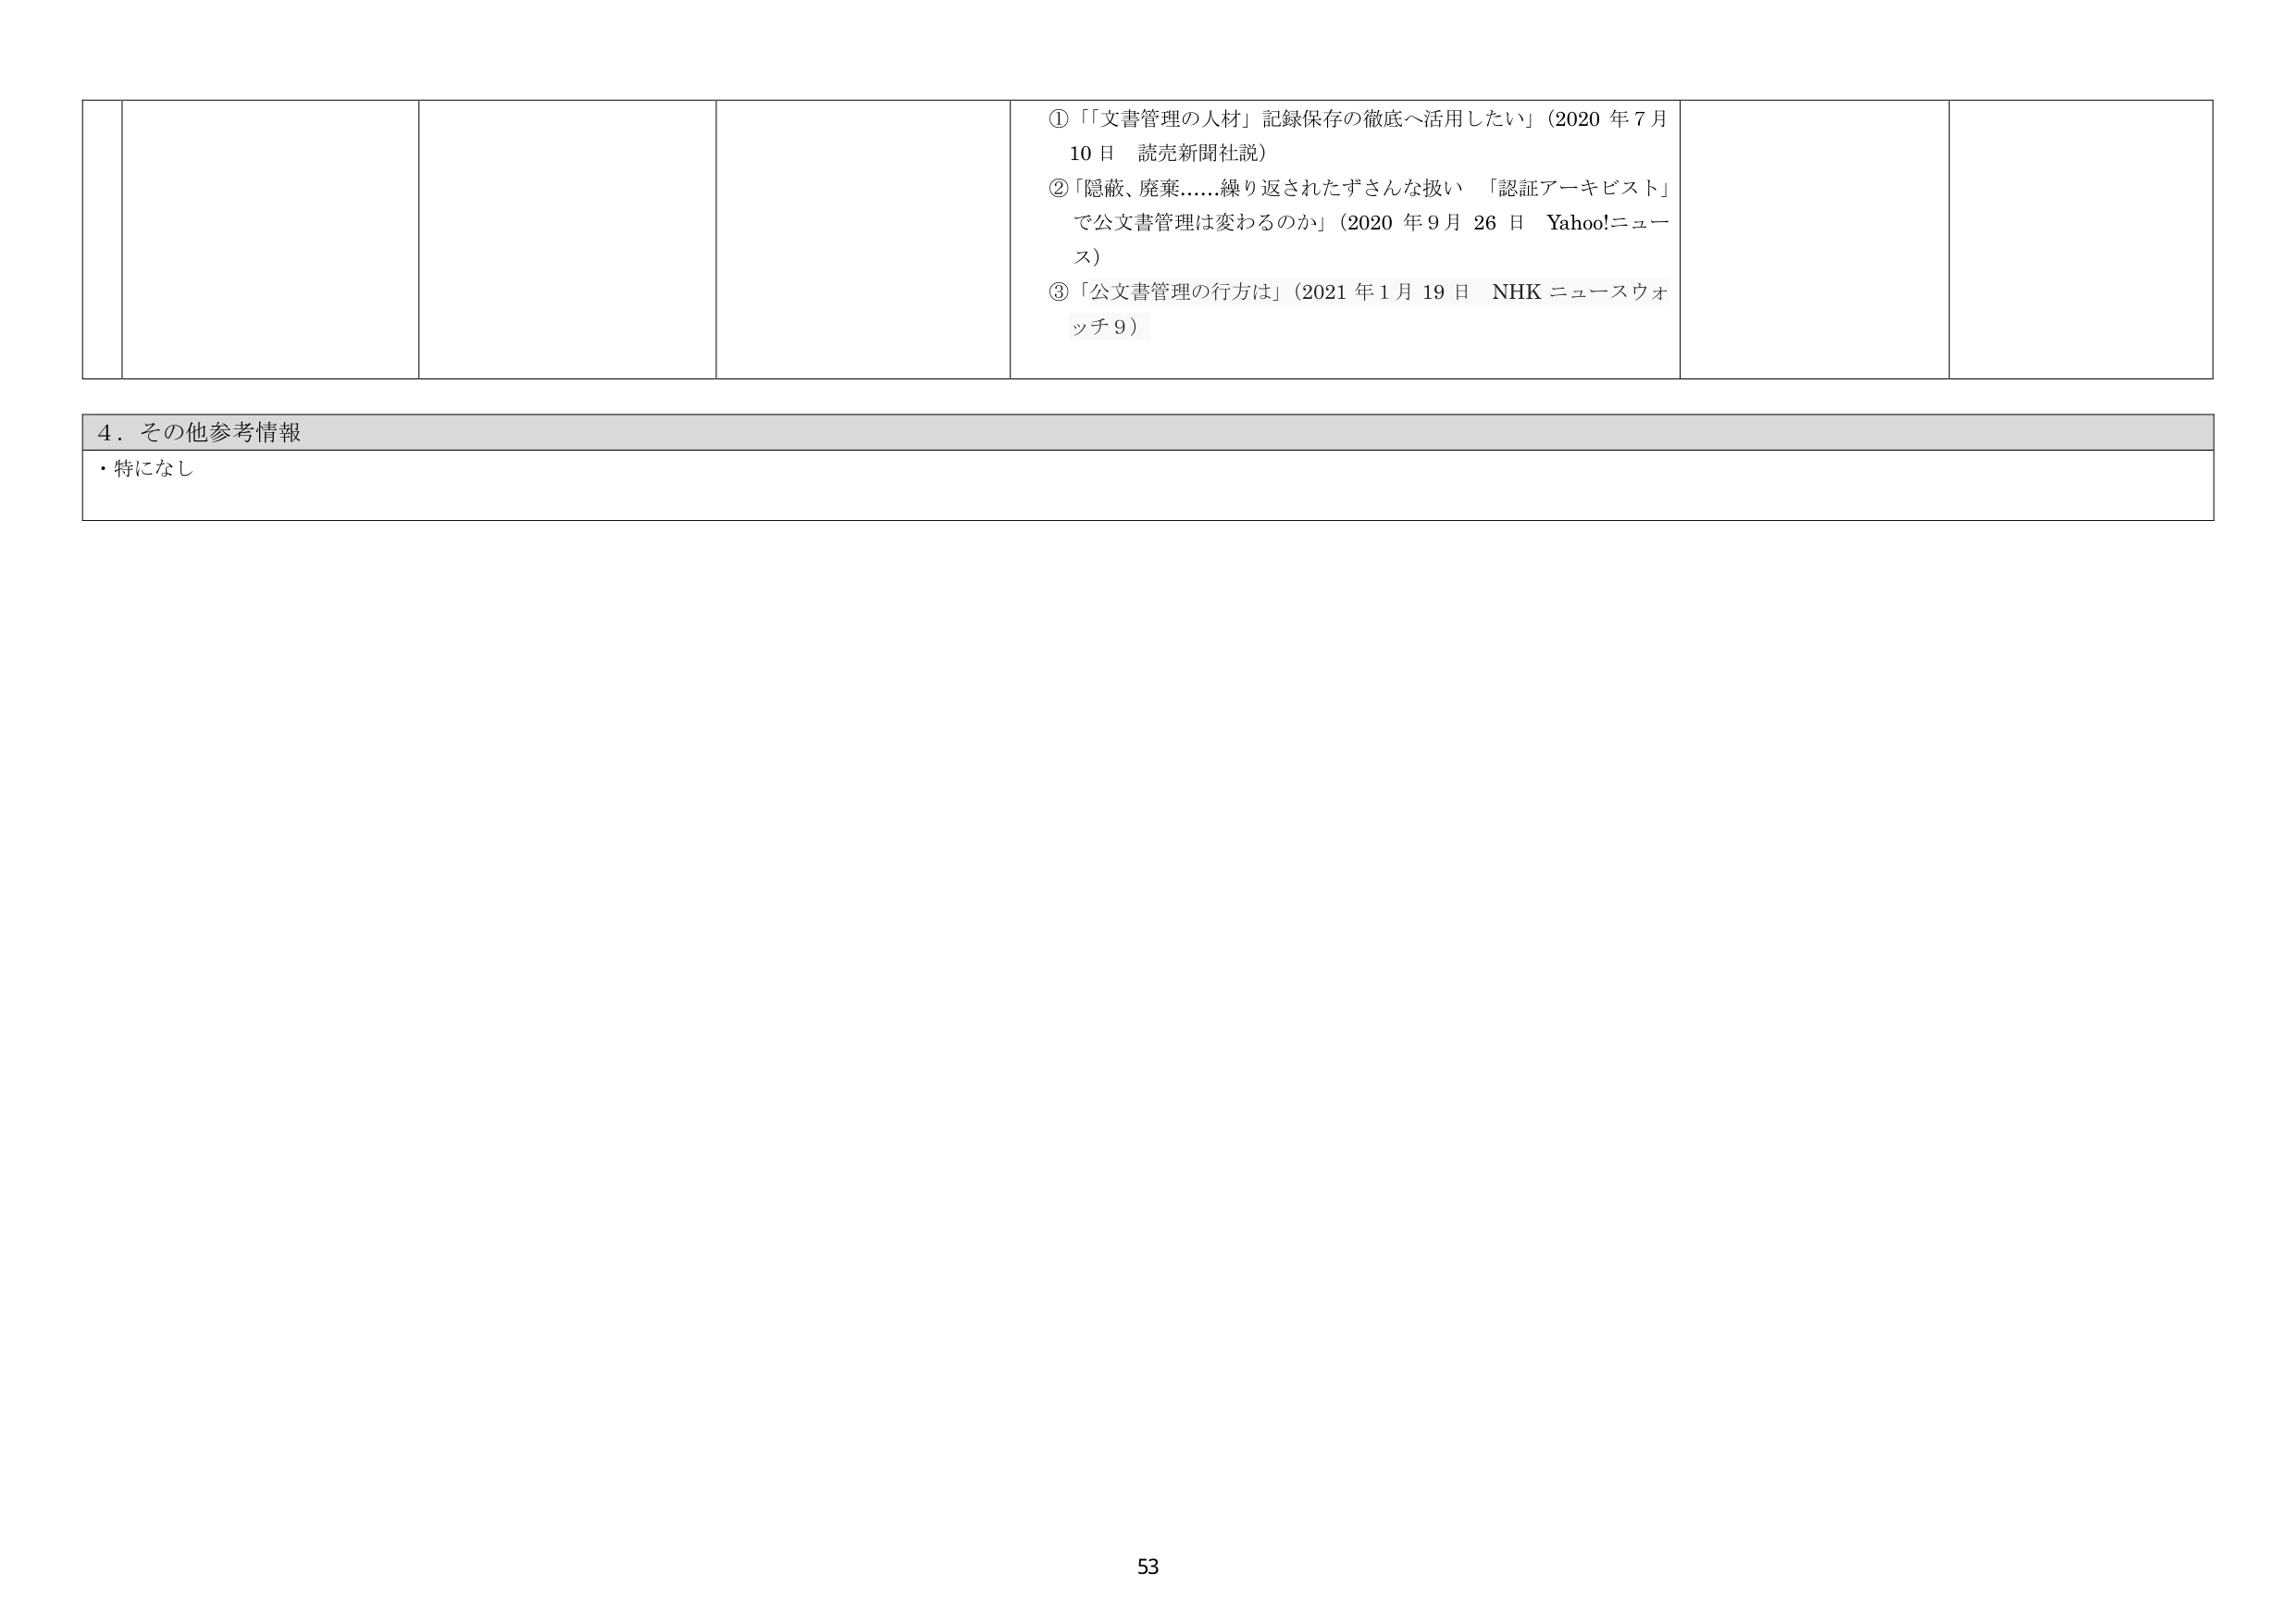
①「文書管理の人材」記録保存の徹底へ活用したい」（2020 年 7 月 10 日 読売新聞社説）
②「隠蔽、廃棄……繰り返されたずさんな扱い 「認証アーキビスト」で公文書管理は変わるのか」（2020 年 9 月 26 日 Yahoo!ニュース）
③「公文書管理の行方は」（2021 年 1 月 19 日 NHK ニュースウォッチ 9）

4．その他参考情報
・特になし

53